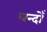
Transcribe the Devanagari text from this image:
धन्दोँ